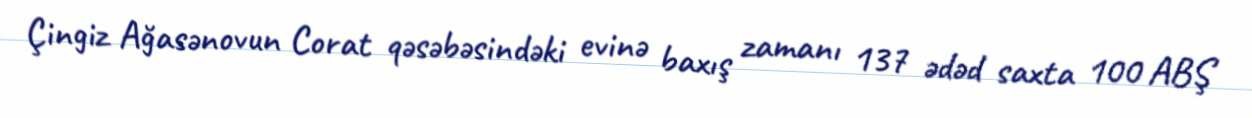
Çingiz Ağasənovun Corat qəsəbəsindəki evinə baxış zamanı 137 ədəd saxta 100 ABŞ